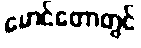
မောင်တောတွင်